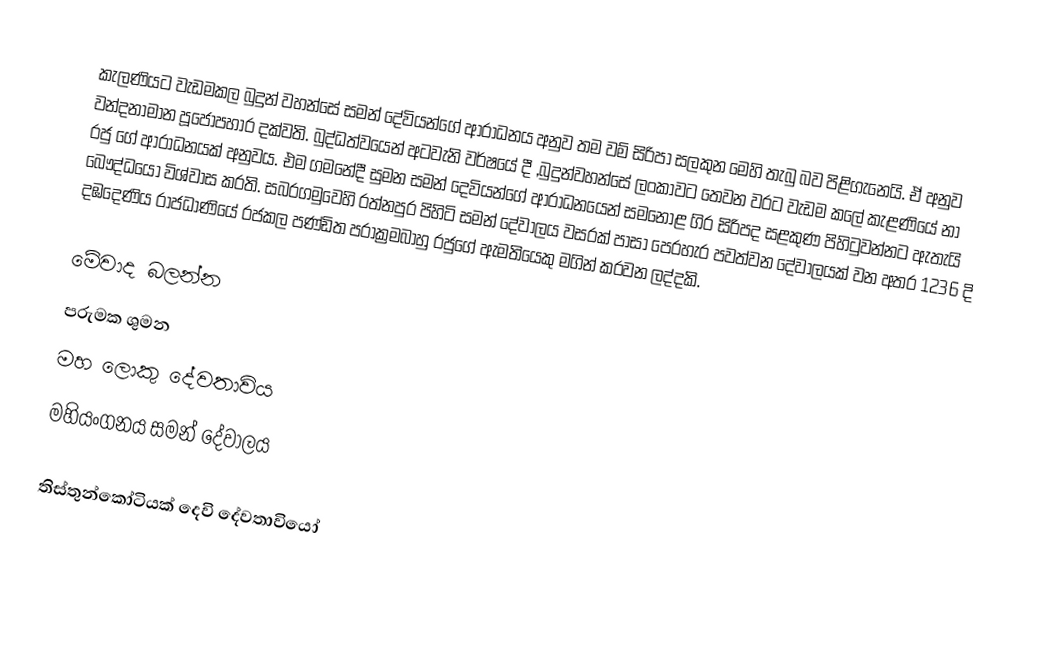
කැලණියට වැඩමකල බුදුන් වහන්සේ සමන් දේවියන්ගේ ආරාධනය අනුව තම වම් සිරිපා සලකුන මෙහි තැබු බව පිළිගැනෙයි. ඒ අනුව වන්දනාමාන පූජෝපහාර දක්වති. බුද්ධත්වයෙන් අටවැනි වර්ෂයේ දී ,බුදුන්වහන්සේ ලංකාවට තෙවන වරට වැඩම කලේ කැළණියේ නා රජු ගේ ආරාධනයක් අනුවය. එම ගමනේදී සුමන සමන් දෙවියන්ගේ ආරාධනයෙන් සමනොළ ගිර සිරිපද සළකුණ පිහිටුවන්නට ඇතැයි ‍බෞද්ධයෝ විශ්වාස කරති. සබරගමුවෙහි රත්නපුර පිහිටි සමන් දේවාලය වසරක් පාසා පෙරහැර පවත්වන දේවාලයක් වන අතර 1236 දි දඹදෙණිය රාජධාණියේ රජකල පණ්ඩිත පරාක්‍රමබාහු රජුගේ ඇමතියෙකු මගින් කරවන ලද්දකි.

මේවාද බලන්න
 පරුමක ශුමන
 මහ ලොකු දේවතාවිය
 මහියංගනය සමන් දේවාලය

තිස්තුන්කෝටියක් දෙවි දේවතාවියෝ